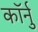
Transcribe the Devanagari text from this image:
कॉर्नु